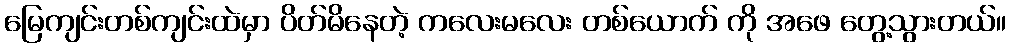
မြေကျင်းတစ်ကျင်းထဲမှာ ပိတ်မိနေတဲ့ ကလေးမလေး တစ်ယောက် ကို အဖေ တွေ့သွားတယ်။